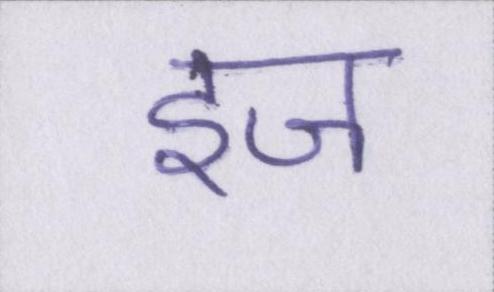
इज